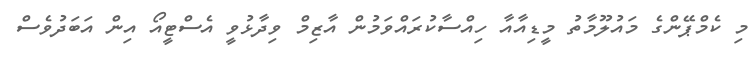
މި ކެމްޕޭންގެ މައުލޫމާތު މީޑިއާއާ ހިއްސާކުރައްވަމުން އާޒިމް ވިދާޅުވީ އެސްޓީއޯ އިން އަބަދުވެސް